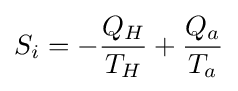
S_{i}=-{\frac {Q_{H}}{T_{H}}}+{\frac {Q_{a}}{T_{a}}}